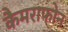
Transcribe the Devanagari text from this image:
कैमराफोन